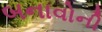
બનાવોની